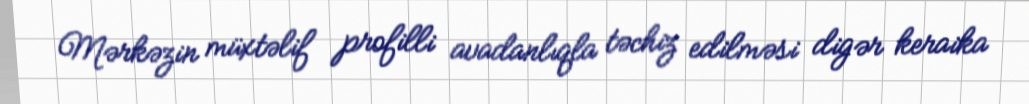
Mərkəzin müxtəlif profilli avadanlıqla təchiz edilməsi digər keraika